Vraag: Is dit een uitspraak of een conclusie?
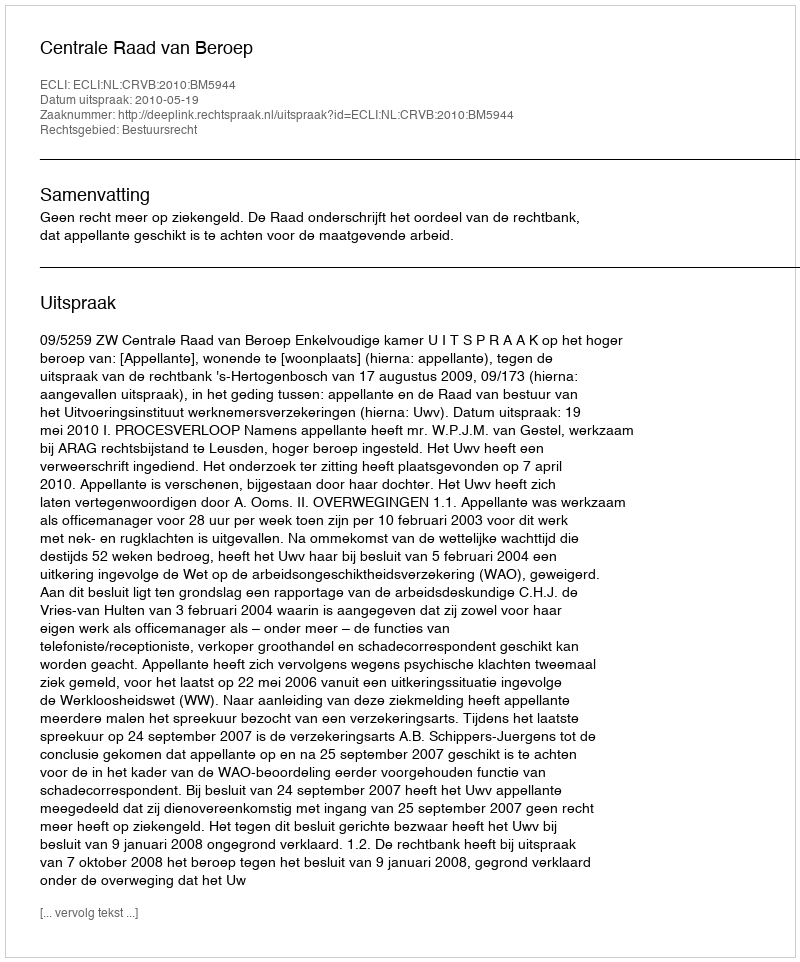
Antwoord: Uitspraak